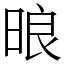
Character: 㫰